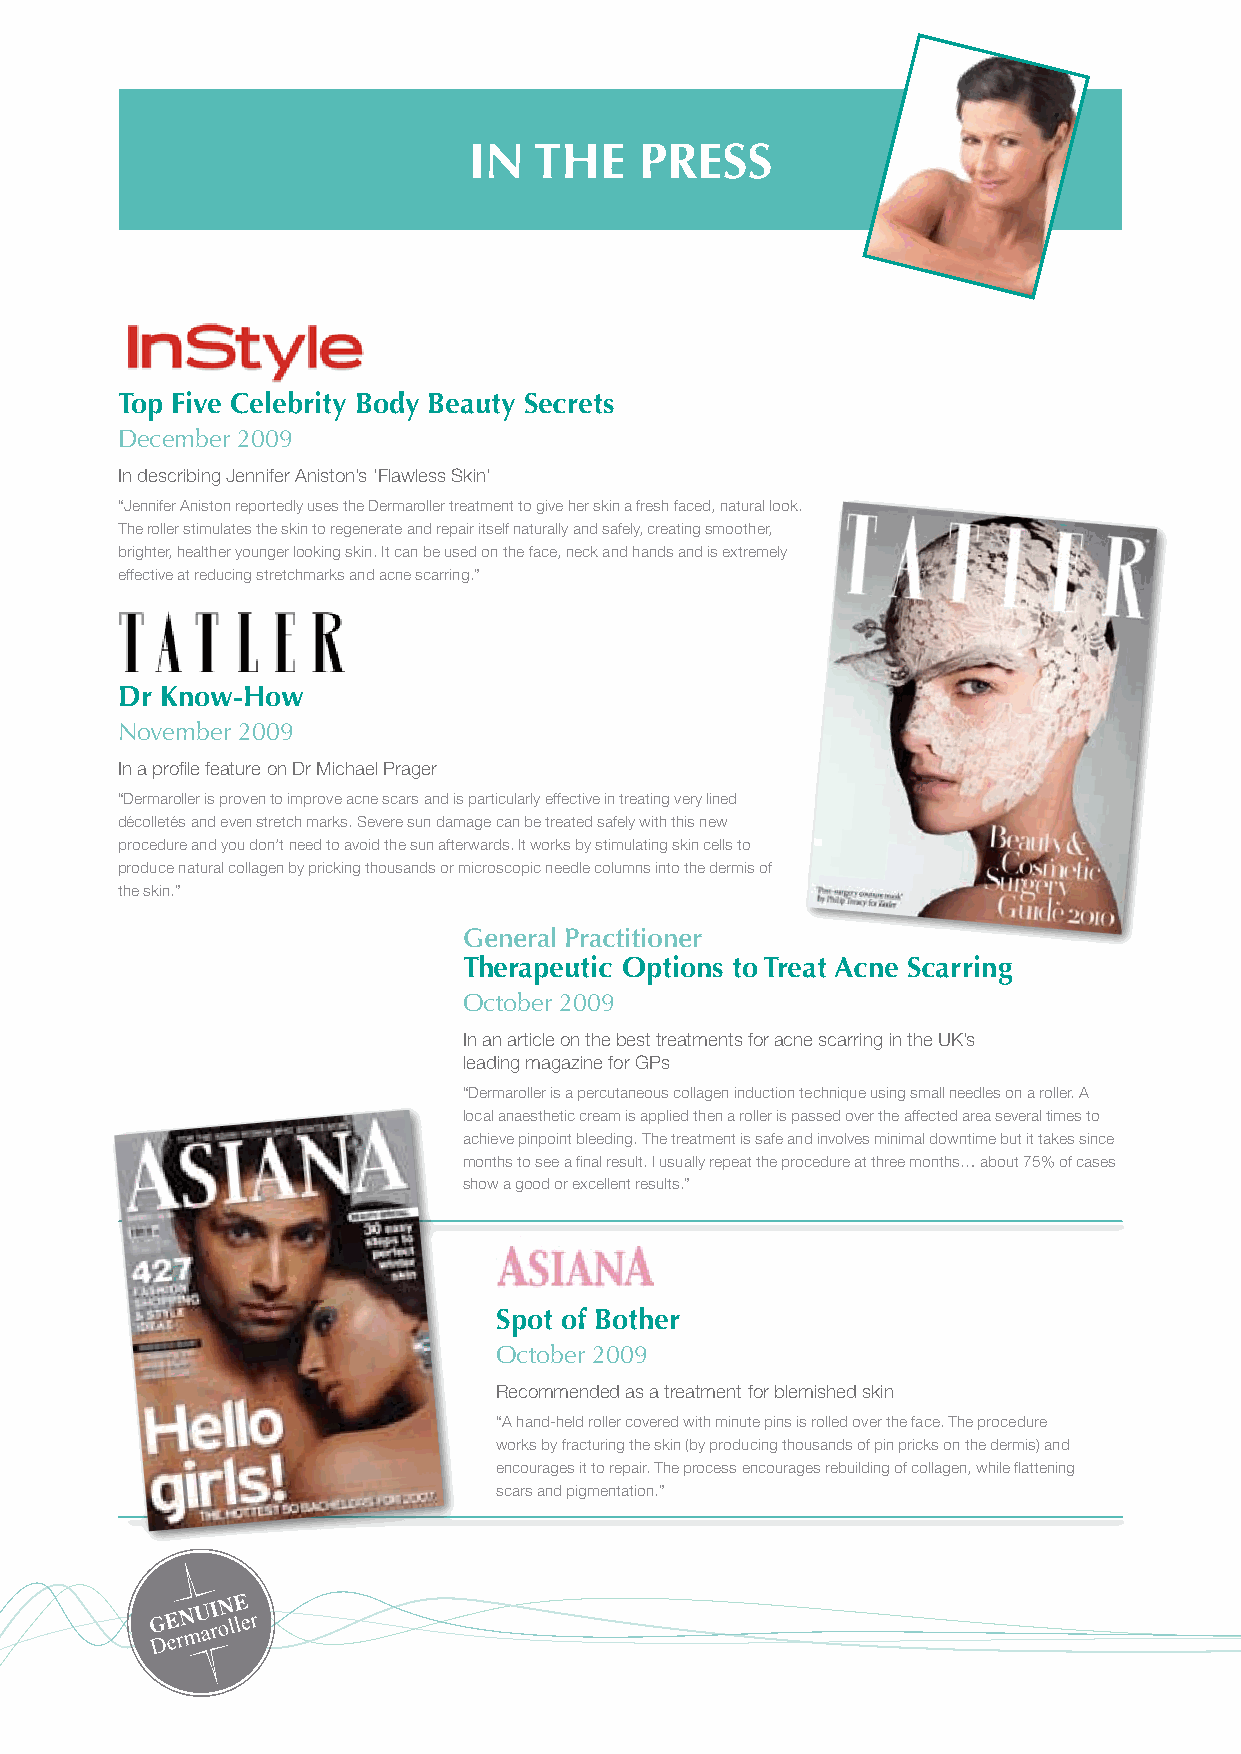
In  the    Press
 top Five Celebrity Body Beauty secrets
 December 2009
 In describing Jennifer Aniston’s ‘Flawless Skin’
 “Jennifer Aniston reportedly uses the Dermaroller treatment to give her skin a fresh faced, natural look.
 The roller stimulates the skin to regenerate and repair itself naturally and safely, creating smoother,
 brighter, healther younger looking skin. It can be used on the face, neck and hands and is extremely
 effective at reducing stretchmarks and acne scarring.”
 Dr Know-how
 November 2009
 In a profile feature on Dr Michael Prager
 “Dermaroller is proven to improve acne scars and is particularly effective in treating very lined
 décolletés and even stretch marks. Severe sun damage can be treated safely with this new
 procedure and you don’t need to avoid the sun afterwards. It works by stimulating skin cells to
 produce natural collagen by pricking thousands or microscopic needle columns into the dermis of
 the skin.”
 General Practitioner
 therapeutic Options to treat Acne scarring
 October 2009
 In an article on the best treatments for acne scarring in the UK’s
 leading magazine for GPs
 “Dermaroller is a percutaneous collagen induction technique using small needles on a roller. A
 local anaesthetic cream is applied then a roller is passed over the affected area several times to
 achieve pinpoint bleeding. The treatment is safe and involves minimal downtime but it takes since
 months to see a final result. I usually repeat the procedure at three months… about 75% of cases
 show a good or excellent results.”
 spot of Bother
 October 2009
 Recommended as a treatment for blemished skin
 “A hand-held roller covered with minute pins is rolled over the face. The procedure
 works by fracturing the skin (by producing thousands of pin pricks on the dermis) and
 encourages it to repair. The process encourages rebuilding of collagen, while flattening
 scars and pigmentation.”